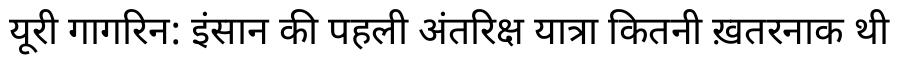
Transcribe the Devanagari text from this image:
यूरी गागरिन: इंसान की पहली अंतरिक्ष यात्रा कितनी ख़तरनाक थी